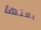
بعتها